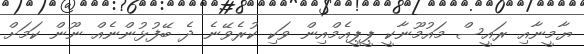
ޔާމީނާއި ރައީސް މައުމޫނާކީ ޕީޕީއެމްއިން ވަކި ކުރެވޭނެ ދެ ބޭފުޅުންނެއް ނޫން ކަމަށް